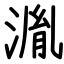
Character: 湚